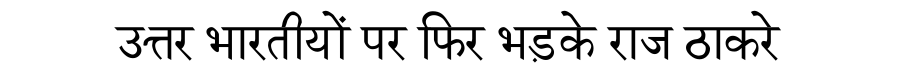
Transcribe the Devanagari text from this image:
उत्तर भारतीयों पर फिर भड़के राज ठाकरे